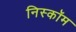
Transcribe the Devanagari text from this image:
निस्कॉम